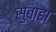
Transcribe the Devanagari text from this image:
सुबाहा